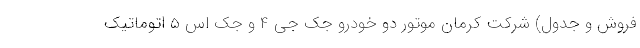
فروش و جدول) شرکت کرمان موتور دو خودرو جک جی 4 و جک اس 5 اتوماتیک